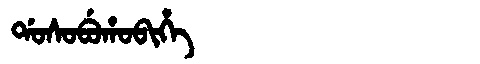
Manchu: ᡩᠣᠰᠣᠪᡠᡥᠣᠪᡳᡥᡝ
Romanization: DOSOBUHOBIHE